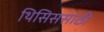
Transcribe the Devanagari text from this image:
थिसिससाठी